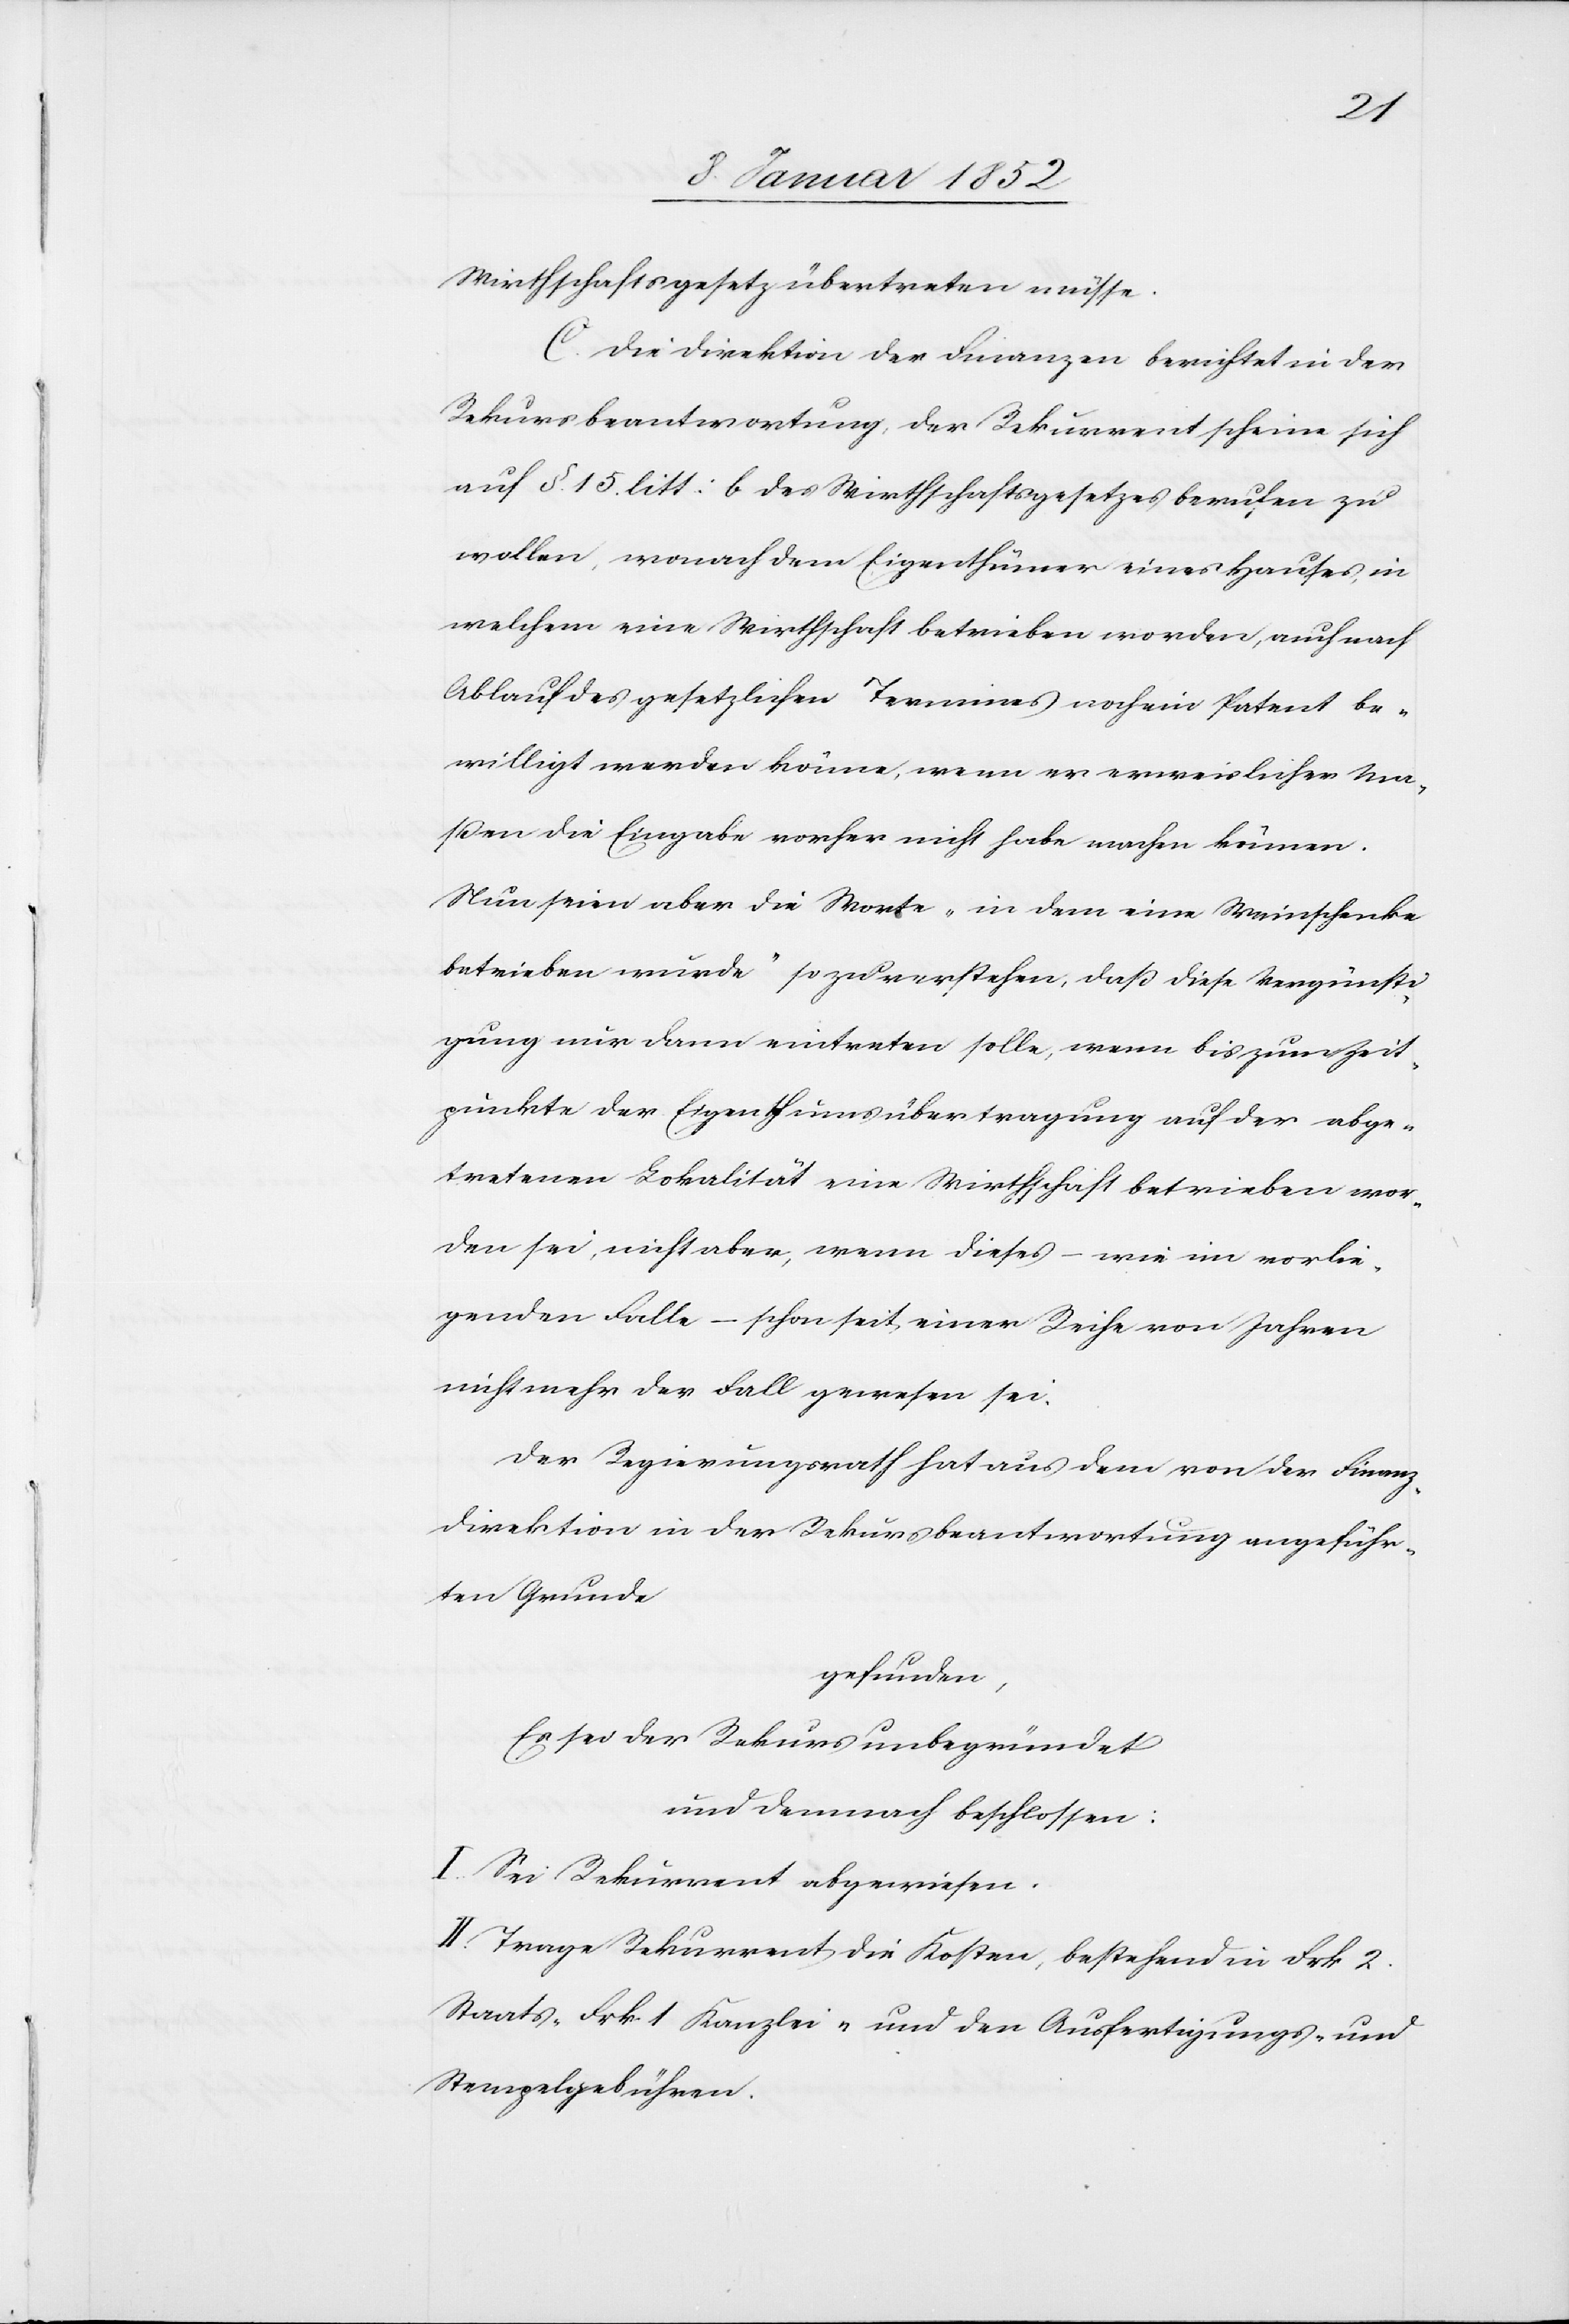
Wirthschaftsgesetz übertreten müsse.
C. Die Direktion der Finanzen berichtet in der
Rekursbeantwortung der Rekurrent scheine sich
auf §. 15. litt: b des Wirthschaftsgesetzes berufen zu
wollen, wonach dem Eigenthümer eines Hauses in
welchem eine Wirthschaft betrieben worden, auch nach
Ablauf des gesetzlichen Termines noch ein Patent be¬
willigt werden könne, wenn er verweislicher Ma¬
ßen die Eingabe vorher nicht habe machen können.
Nun seien aber die Worte „in dem eine Weinschenke
betrieben wurde“ so zu verstehen, daß diese Vergünsti¬
gung nur dann eintreten solle, wenn bis zum Zeit¬
punkte der Eigenthumsübertragung auf der abge¬
tretenen Lokalität eine Wirthschaft betrieben wor¬
den sei, nicht aber, wenn dieses – wie im vorlie¬
genden Falle – schon seit einer Reihe von Jahren
nicht mehr der Fall gewesen sei.
Der Regierungsrath hat aus dem von der Finanz¬
direktion in der Rekursbeantwortung angeführ¬
ten Grunde
gefunden
Es ist der Rekurs unbegründet
und demnach beschlossen:
I. Sei Rekurrent abgewiesen.
II. Trage Rekurrent die Kosten, bestehend in Frk 2.
Staats- Frk 1 Kanzlei- und den Ausfertigungs- und
Stempelgebühren.